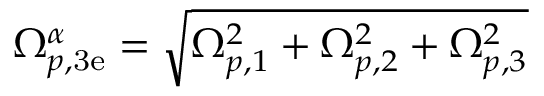
\Omega _ { p , \mathrm { 3 e } } ^ { \alpha } = \sqrt { \Omega _ { p , 1 } ^ { 2 } + \Omega _ { p , 2 } ^ { 2 } + \Omega _ { p , 3 } ^ { 2 } }